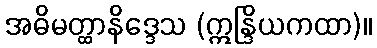
အဓိမတ္ထာနိဒ္ဒေသ (ဣန္ဒြိယကထာ)။